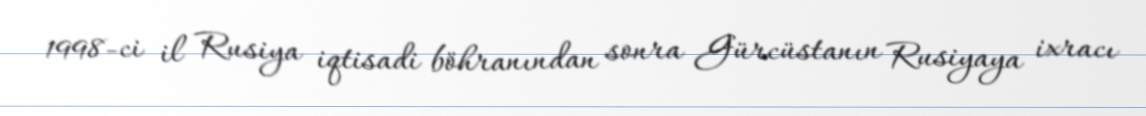
1998-ci il Rusiya iqtisadi böhranından sonra Gürcüstanın Rusiyaya ixracı